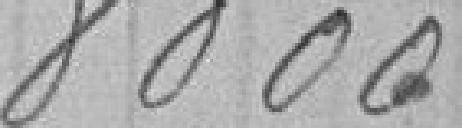
8000